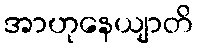
အာဟုနေယျာတိ